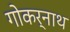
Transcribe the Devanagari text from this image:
गोकर्नाथ